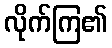
လိုက်ကြ၏